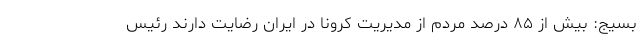
بسیج: بیش از ۸۵ درصد مردم از مدیریت کرونا در ایران رضایت دارند رئیس